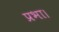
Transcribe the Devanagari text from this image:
प्रभा।